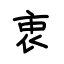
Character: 衷